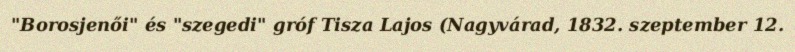
"Borosjenői" és "szegedi" gróf Tisza Lajos (Nagyvárad, 1832. szeptember 12.